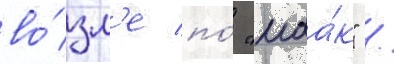
во́зл'е по́ "маа́к" /